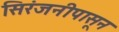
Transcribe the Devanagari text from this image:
सिरंजनीपासून